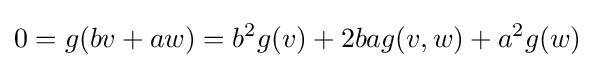
0=g(bv+aw)=b^{2}g(v)+2bag(v,w)+a^{2}g(w)